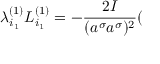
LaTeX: \lambda _ { i _ { 1 } } ^ { ( 1 ) } L _ { i _ { 1 } } ^ { ( 1 ) } = - \frac { 2 { \cal I } } { ( a ^ { \sigma } a ^ { \sigma } ) ^ { 2 } } (